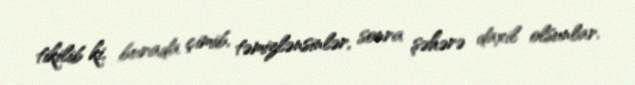
tikilib ki, burada çimib, təmizlənsinlər, sonra şəhərə daxil olsunlar.